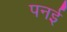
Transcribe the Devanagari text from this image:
पनई